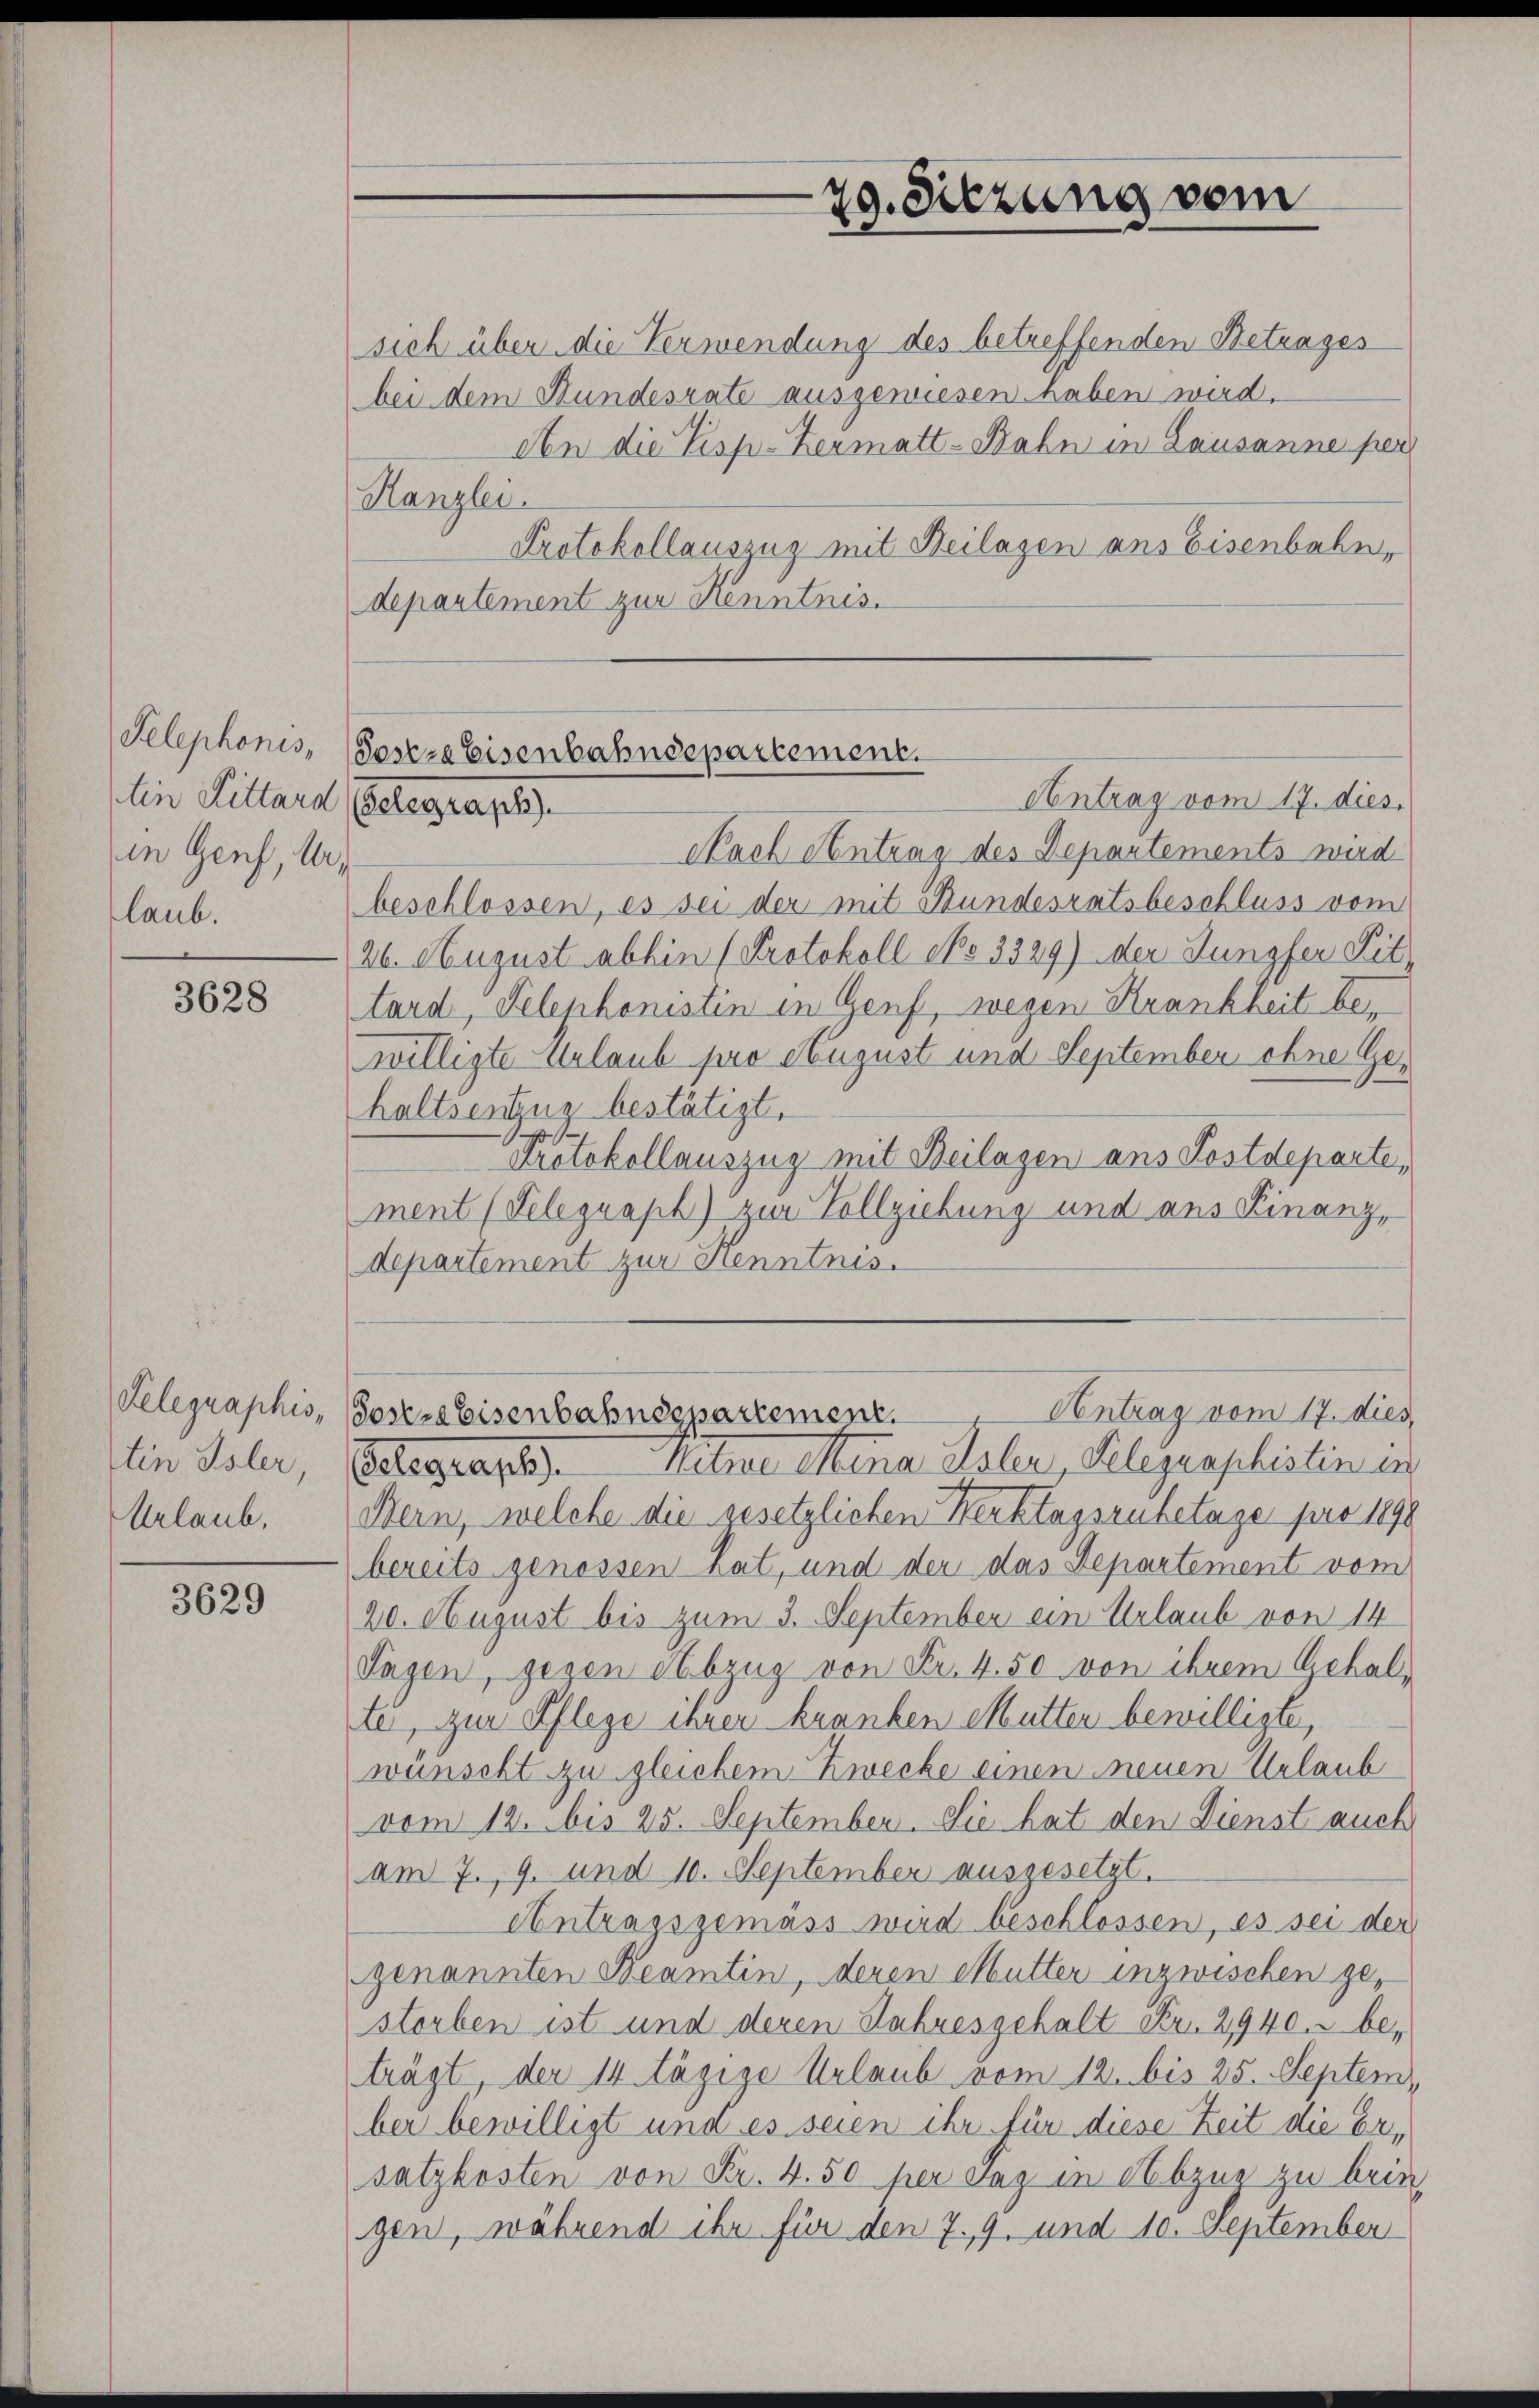
Telephonis,
tin Kittard
in Genf, Urlaub.

3628

Telegraphis,
tin Isler,
Urlaub.

3629

sich über die Verwendung des betreffenden Betrages
bei dem Bundesrate ausgewesen haben wird.
An die Tisp-Zermatt-Bahn in Lausanne pers
Kanzlei.
Protokollauszug mit Beilagen aus Eisenbahn,
departement zur Kenntnis.
Antrag vom 17. dies
Pach Antung des Departements wird
beschlossen, es sei der mit Bundesratsbeschluss vom
26. August abhin (Protokoll No 3329) der Jungfer Sittand, Telephonistin in Genf, wegen Krankheit bewilligte Urlaub pro August und September ohne Gehaltsentzug bestätigt.
Protokollauszug mit Beilagen ans Postdeparte,
ment (Telegraph) zur Vollziehung und aus Finanz,
departement zur Henntnis.
Antrag vom 17. dies
Sosere Eisenbahndepartement.
Witwe Mina Isler, Gelegraphistinen
Gelegen, 19.
Bern, welche die gesetzlichen Werktagsrubetage pro 1898
bereits genossen hat, und der das Departement vom
20. August bis zum 3. September ein Urlaub von 14
Tagen, gegen Abzug von Fr. 4.50 von ihrem Gehalte, zur Pflege ihrer kranken Mutter bewilligte,
wünscht zu gleichem Zwecke einen neuen Urlaub
vom 12. bis 25. September. Sie hat den Dienst auch
am 7. 9. und 10. September ausgesetzt.
Antragsgemäss wird beschlossen, es sei der
genannten Beamtin, deren Mutter inzwischen gestorben ist und deren Jahresgehalt Fr. 2940. beträgt, der 14 tägige Urlaub vom 12. bis 25. Septem
ber bewilligt und es seien ihr für diese Zeit die Ersatzkosten von Fr. 4.50 per daz in Abzug zu beim
gen, während ihr für den 7. 9. und 10. September

Seseze Eisenbahndepartement.
Belegen, 18.

29. Sitzung vom